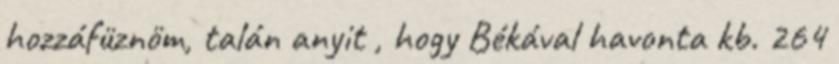
hozzáfüznöm, talán anyit , hogy Békával havonta kb. 264